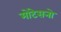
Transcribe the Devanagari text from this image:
मोंटेसनो